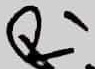
Text: R1